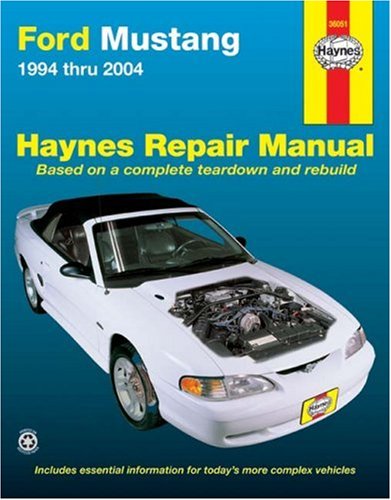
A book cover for Ford Mustang: 1994 thru 2004 (Hayne's Automotive Repair Manual); Engineering & Transportation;